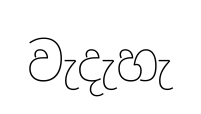
වැදැහැ